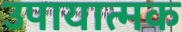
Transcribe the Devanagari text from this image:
उपायात्मक